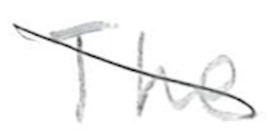
Text: The
Cross-out: diagonal
Writing tool: pencil